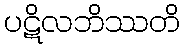
ပဋိလဘိဿတိ